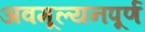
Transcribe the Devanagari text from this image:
अवमूल्यनपूर्ण